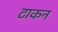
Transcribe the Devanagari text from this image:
टाकन